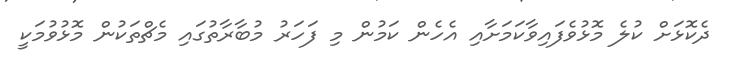
ދެކޮޅަށް ކުލެ މޮޅުވެފައިވާކަމަށާއި އެހެން ކަމުން މި ފަހަރު މުބާރާތުގައި މެޗްތަކުން މޮޅުވުމަކީ